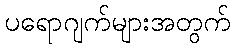
ပရောဂျက်များအတွက်